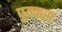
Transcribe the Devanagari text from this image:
पुक्कस